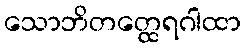
သောဘိတတ္ထေရဂါထာ